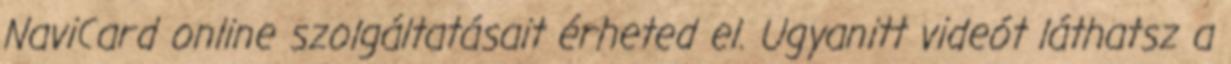
NaviCard online szolgáltatásait érheted el. Ugyanitt videót láthatsz a